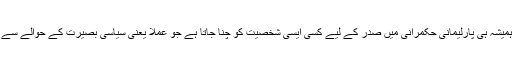
ہمارے ہاں اس بنیاد پر ہمیشہ ہی پارلیمانی حکمرانی میں صدر کے لیے کسی ایسی شخصیت کو چنا جاتا ہے جو عملاً یعنی سیاسی بصیرت کے حوالے سے کمزور ترین شخص ہو۔